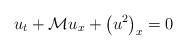
LaTeX: \begin{align*}u_t+\mathcal{M}u_x+\left(u^2\right)_x=0\end{align*}